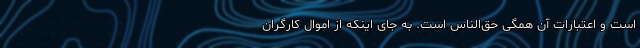
است و اعتبارات آن همگی حق‌الناس است. به جای اینکه از اموال کارگران